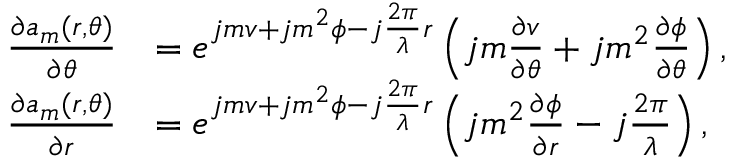
\begin{array} { r l } { \frac { { \partial { a _ { m } } ( r , \theta ) } } { { \partial \theta } } } & { = { e ^ { j m v + j { m ^ { 2 } } \phi - j \frac { { 2 \pi } } { \lambda } r } } \left( { j m \frac { { \partial v } } { { \partial \theta } } + j { m ^ { 2 } } \frac { { \partial \phi } } { { \partial \theta } } } \right) , } \\ { \frac { { \partial { a _ { m } } ( r , \theta ) } } { { \partial r } } } & { = { e ^ { j m v + j { m ^ { 2 } } \phi - j \frac { { 2 \pi } } { \lambda } r } } \left( { j { m ^ { 2 } } \frac { { \partial \phi } } { { \partial r } } - j \frac { { 2 \pi } } { \lambda } } \right) , } \end{array}